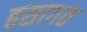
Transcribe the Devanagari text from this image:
हसागत